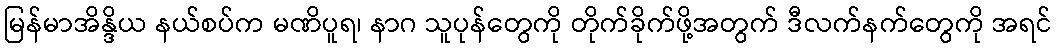
မြန်မာအိန္ဒိယ နယ်စပ်က မဏိပူရ၊ နာဂ သူပုန်တွေကို တိုက်ခိုက်ဖို့အတွက် ဒီလက်နက်တွေကို အရင်